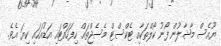
ޔޫއެސް މާޝާލުން ފޯނު ކޯލްތަކާއި ޓެކްސްޓް މެސެޖްތައް ހިފަހައްޓައި އަޑުއަހައި ކިޔަ އެވެ.